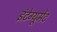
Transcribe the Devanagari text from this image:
इंटेग्यूमेंट